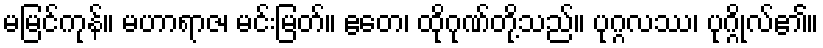
မမြင်ကုန်။ မဟာရာဇ၊ မင်းမြတ်။ ဧတေ၊ ထိုဂုဏ်တို့သည်။ ပုဂ္ဂလဿ၊ ပုဂ္ဂိုလ်၏။